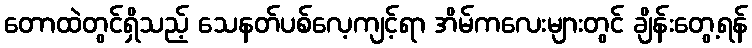
တောထဲတွင်ရှိသည့် သေနတ်ပစ်လေ့ကျင့်ရာ အိမ်ကလေးများတွင် ချိန်းတွေ့ရန်